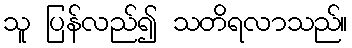
သူ ပြန်လည်၍ သတိရလာသည်။